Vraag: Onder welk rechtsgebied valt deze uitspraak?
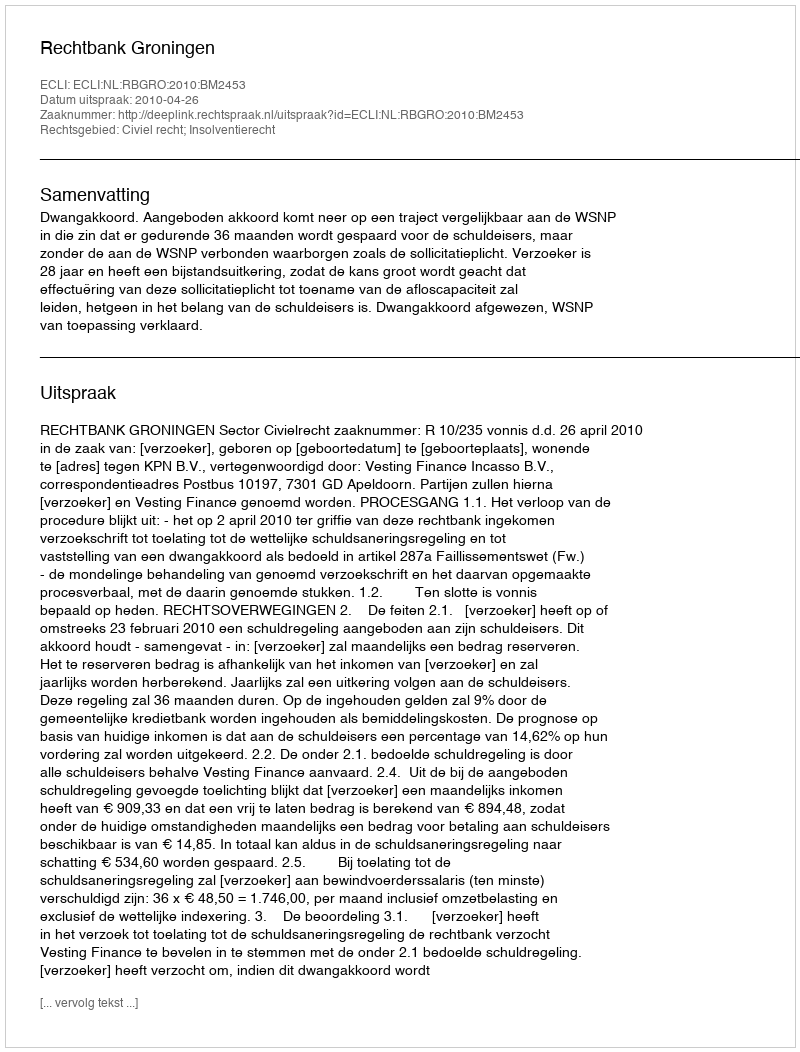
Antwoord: Civiel recht; Insolventierecht